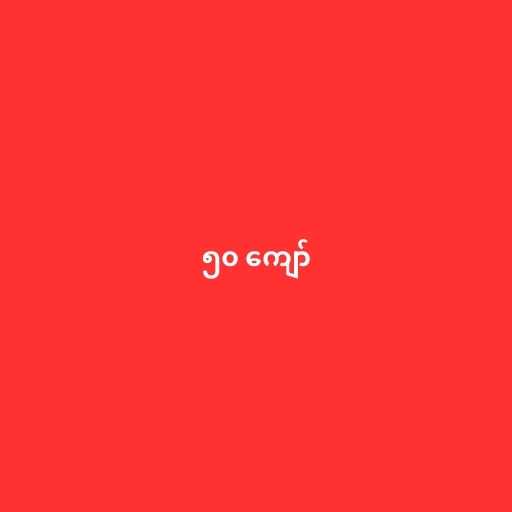
၅၀ ကျော်